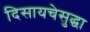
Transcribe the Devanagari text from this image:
दिसायचेसुद्धा